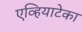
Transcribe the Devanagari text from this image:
एव्हियाटेका